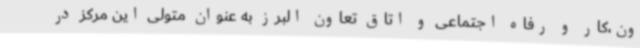
ون،کار و رفاه اجتماعی و اتاق تعاون البرز به عنوان متولی این مرکز در